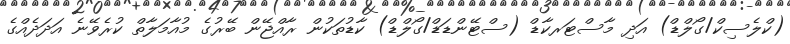
(ކްލެސިކް/ގޯލްޑް) އަދި މާސްޓަރކާޑް (ސްޓޭންޑަޑް/ގޯލްޑް) ކާޑުތަކުން ރާއްޖޭން ބޭރުގެ މުއާމަލާތް ކުރެވޭނެ އަދަދެއްގެ